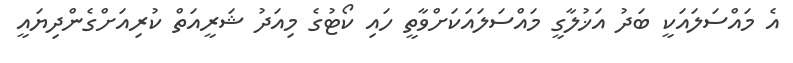
އެ މައްސަލައަކީ ބަދު އަޚުލާގީ މައްސަލައަކަށްވާތީ ހައި ކޯޓުގެ މިއަދު ޝަރީއަތް ކުރިއަށްގެންދިޔައީ